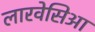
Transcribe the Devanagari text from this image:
लारवेसिआ